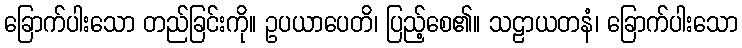
ခြောက်ပါးသော တည်ခြင်းကို။ ဥပယာပေတိ၊ ပြည့်စေ၏။ သဠာယတနံ၊ ခြောက်ပါးသော